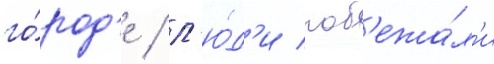
го́род'е / л'ю́д'и поб'ежа́л'и